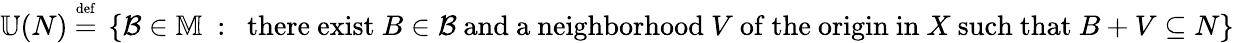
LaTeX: \mathbb{U}(N)~{\stackrel{\scriptscriptstyle{\mathrm{def}}}{=}}~\left\{ {\mathcal{B}}\in\mathbb{M}~:~{\mathrm{~there~exist~}}B\in{\mathcal{B}}{\mathrm{~and~a~neighborhood~}}V{\mathrm{~of~the~origin~in~}}X{\mathrm{~such~that~}}B+V\subseteq N\right\}